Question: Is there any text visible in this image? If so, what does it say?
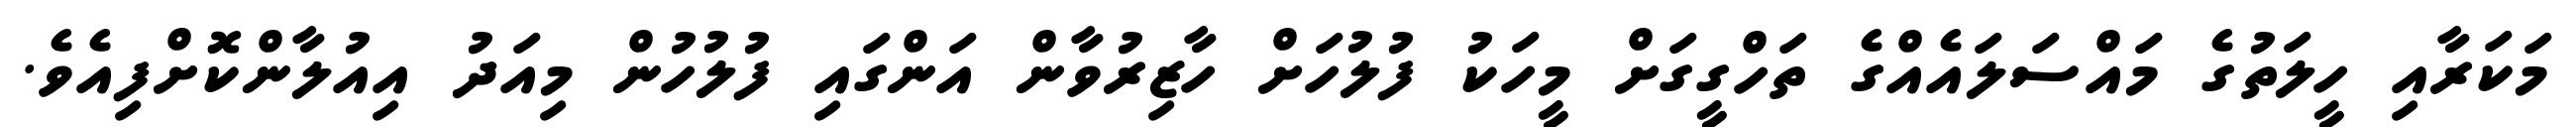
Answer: މަކަރާއި ހީލަތުގެ މައްސަލައެއްގެ ތަހްގީގަށް މީހަކު ފުލުހަށް ހާޒިރުވާން އަންގައި ފުލުހުން މިއަދު އިއުލާންކޮށްފިއެވެ.